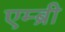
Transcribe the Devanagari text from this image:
एम्ब्री